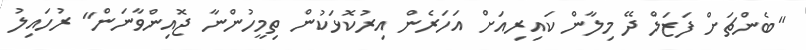
"ބެންޗަށް ފަޒަލް ދޭ މިލާން ކައިރިއަށް އަހަރެން އިރުކޮޅަކުން ތިމީހުންނާ ޖޮއިންވާނަން" ރުހައިލު